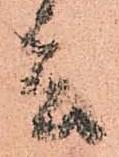
言